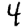
Digit: 4